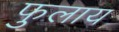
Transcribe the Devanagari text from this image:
फुलाय